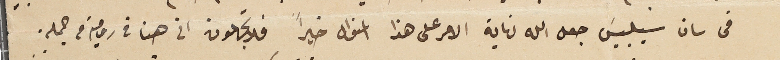
فى سان سيلبيسَ جعل الله نهاية الامر على هذا المنوال خيراً فلا تجهلون انى هنا فى رومية من جمله.